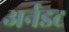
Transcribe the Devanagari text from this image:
अर्नडट